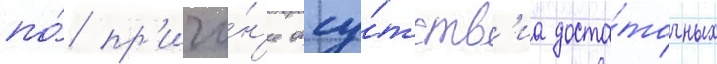
по́ пр'ичи́н'е отсу́тств'иа доста́точных